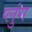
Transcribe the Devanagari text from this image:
प्लुंग